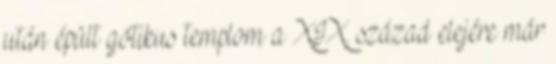
után épült gótikus templom a XIX. század elejére már